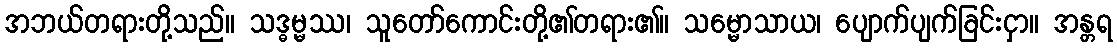
အဘယ်တရားတို့သည်။ သဒ္ဓမ္မဿ၊ သူတော်ကောင်းတို့၏တရား၏။ သမ္မောသာယ၊ ပျောက်ပျက်ခြင်းငှာ။ အန္တရ